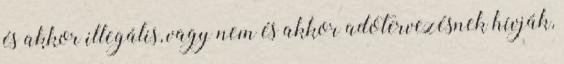
és akkor illegális, vagy nem és akkor adótervezésnek hívják,